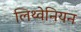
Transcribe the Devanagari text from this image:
लिथ्वेनियन